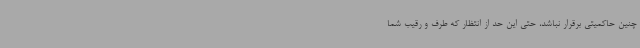
چنین حاکمیتی برقرار نباشد، حتی این حد از انتظار که طرف و رقیب شما